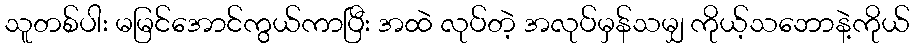
သူတစ်ပါး မမြင်အောင်ကွယ်ကာပြီး အထဲ လုပ်တဲ့ အလုပ်မှန်သမျှ ကိုယ့်သဘောနဲ့ကိုယ်